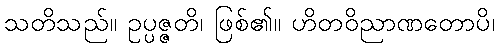
သတိသည်။ ဥပ္ပဇ္ဇတိ၊ ဖြစ်၏။ ဟိတဝိညာဏတောပိ၊